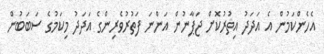
އެހެންކަމުން އެ އަދަދު އިތުރުކޮށް ޖަޕާނުން އަންނަ ފަތުރުވެރިންގެ އަދަދު މިކަމުގެ ސަބަބުން